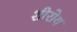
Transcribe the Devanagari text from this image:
शीरोय